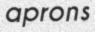
aprons